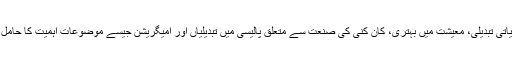
ان انتخابات میں ماحولیاتی تبدیلی، معیشت میں بہتری، کان کنی کی صنعت سے متعلق پالیسی میں تبدیلیاں اور امیگریشن جیسے موضوعات اہمیت کا حامل سمجھے جا رہے ہیں۔